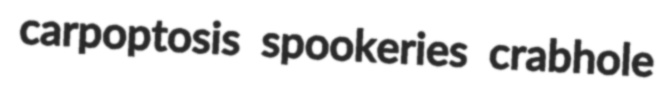
carpoptosis spookeries crabhole